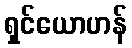
ရှင်ယောဟန်